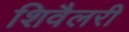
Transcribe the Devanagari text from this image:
शिवैलरी